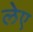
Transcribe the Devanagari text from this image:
लेए